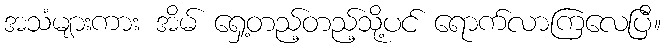
အသံများကား အိမ် ရှေ့တည့်တည့်သို့ပင် ရောက်လာကြလေပြီ။